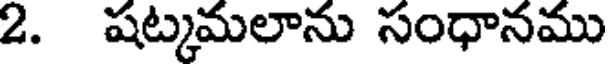
2. షట్కమలాను సంధానము